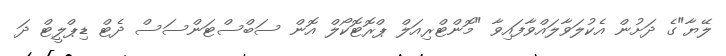
ލޭޔާ"ގެ ދަށުން އެކުލަވާލައްވާފައިވާ "މޮންޓްރިއަލް ޕްރޮޓޮކޯލް އޮން ސަބްސްޓަންސަސް ދެޓް ޑިޕްލީޓް ދަ